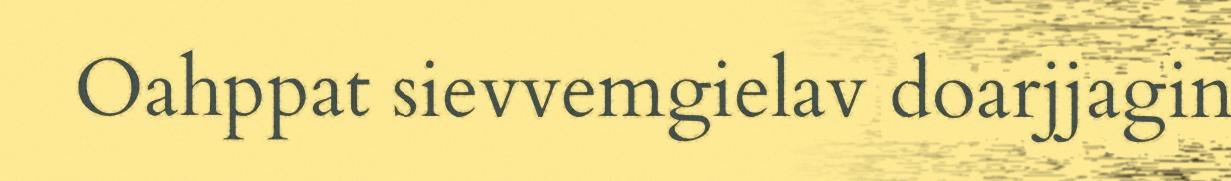
Oahppat sievvemgielav doarjjagin